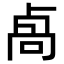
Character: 卨